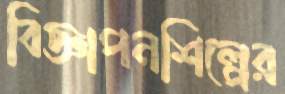
বিজ্ঞাপনশিল্পের